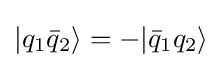
|q_{1}{\bar {q}}_{2}\rangle =-|{\bar {q}}_{1}q_{2}\rangle